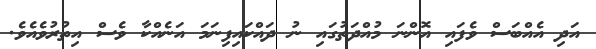
އަދި އެއްބަސް ވެފައި އޮންނަ މުއްދަތުގައި ނު ދައްކައިފިނަމަ އަނެއްކާ ވެސް އިތުރުވެއެވެ.